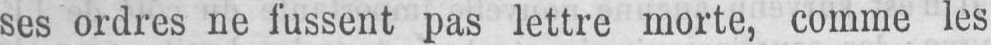
ses ordres ne fussent pas lettre morte, comme les